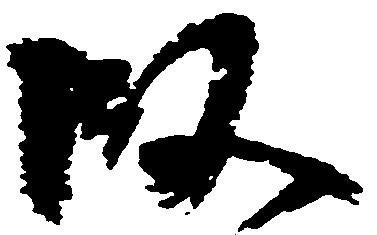
段